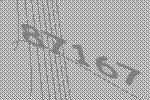
87167